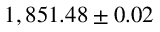
1 , 8 5 1 . 4 8 \pm 0 . 0 2